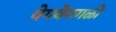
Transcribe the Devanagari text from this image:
वेगवेगगळी